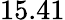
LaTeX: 15.41